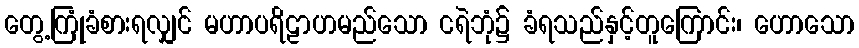
တွေ့ကြုံခံစားရလျှင် မဟာပရိဠာဟမည်သော ငရဲဘုံ၌ ခံရသည်နှင့်တူကြောင်း၊ ဟောသော